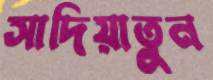
সাদিয়াতুন